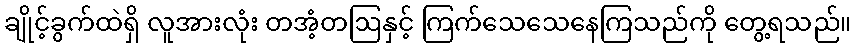
ချိုင့်ခွက်ထဲရှိ လူအားလုံး တအံ့တဩနှင့် ကြက်သေသေနေကြသည်ကို တွေ့ရသည်။